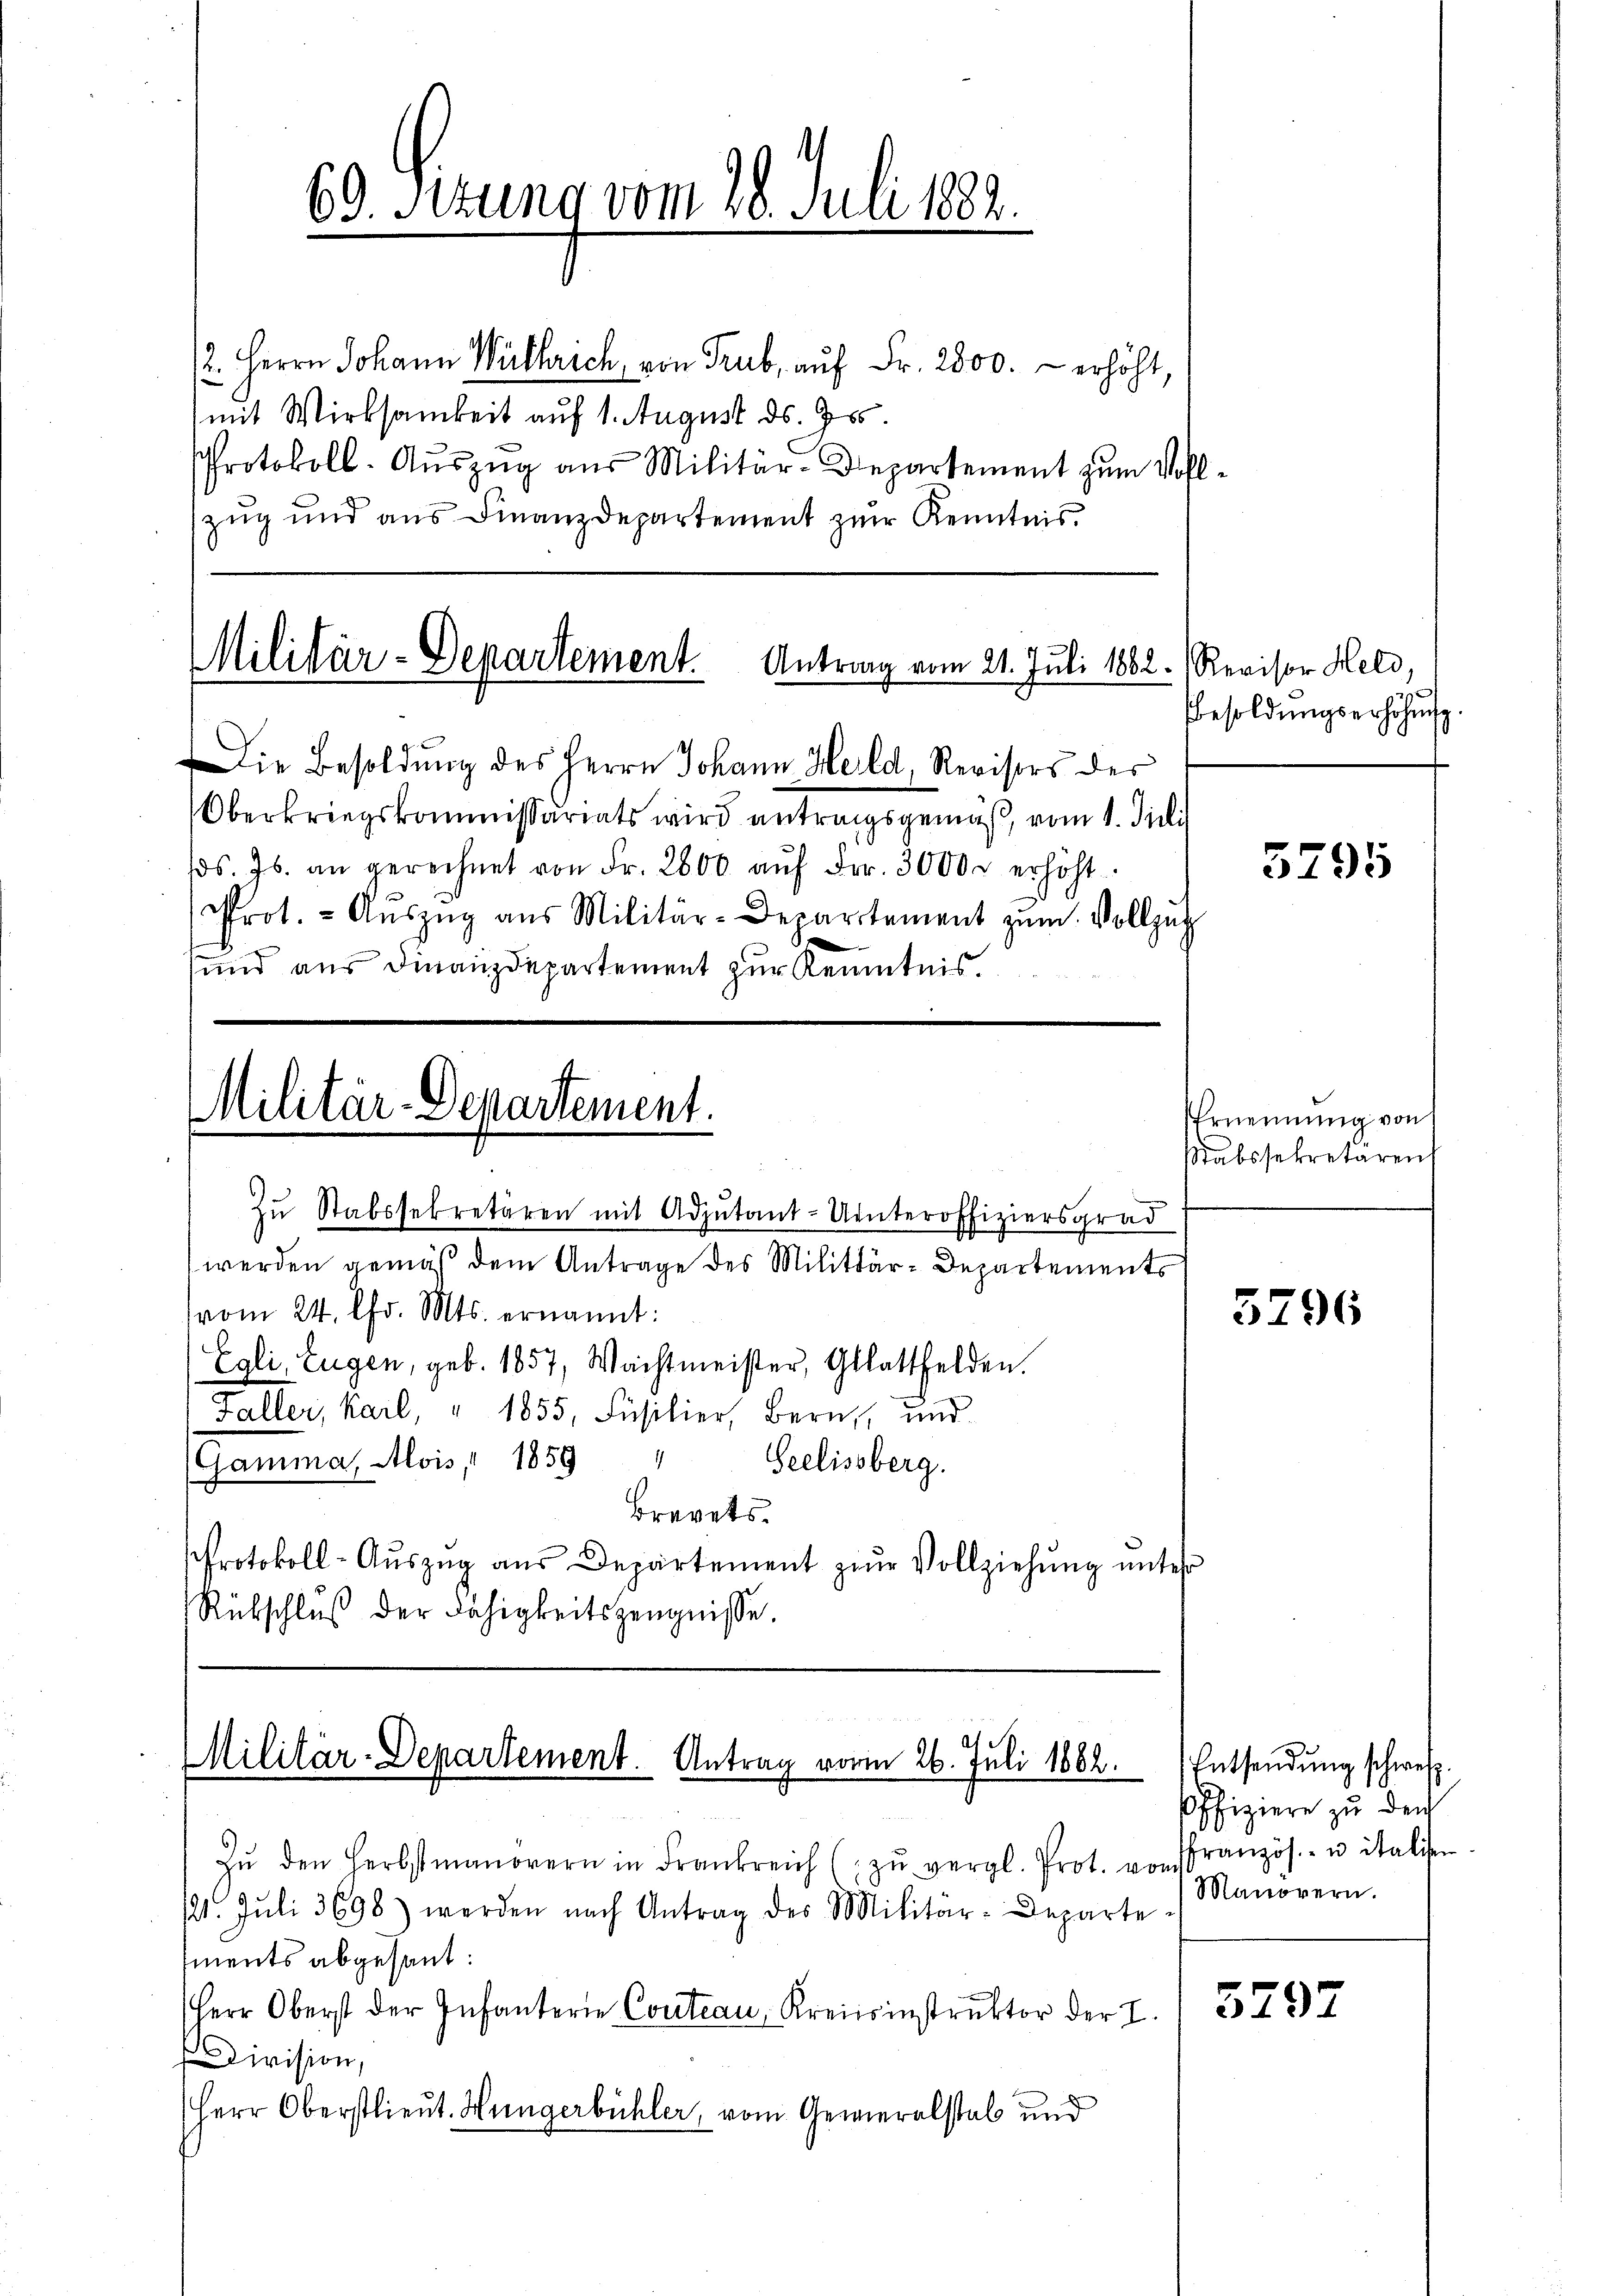
60. Sizung vom 28. Juli 182.

2. Herrn Johann Willerich, von Trub, auf Fr. 2800. erhöht.
mit Wirksamkeit auf 1. August ds. 765.
Protokoll- Aŭszŭg aŭs Militär-Departement zum Vollzug und aus Finanzdepartement zur Kenntnis

Militär-Departement. Antrag vom 21. Juli 1882. Revisor Held,

Die Besoldung des Herrn Johann Held, Revisors der
Oberkriegskommissariats wird antragsgemäß, vom 1. Juli
s. Js. an gerechnet von Fr. 2000 aŭf Fr. 3000 u. erhöht.
Prot. - Aŭszŭg aŭs Militär-Departement zŭm Vollzŭg
sund aus Finanzdepartement zur Kenntnis.

Zŭ Stabssekretären mit Adjutant-Unteroffiziersgrad
werden gemäß dem Antrage des Militär-Departements
vom 24. Chr. Mts. ernannt:
Egli, Eugen, geb. 1857, Wachtmeister, Glattfelden.
Faller, Karl, " 1855, Füsilier, Bern, und
(Gamma, Alois 1859 " Seelisberg.
Brevets.
Protokoll-Auszug aus Departement zum Vollziehung unter
Rübschluß der Fähigkeitszeugnisse.

Militär-Departement.

Militär-Departement. Antrag vorm 26. Juli 1882.

Zŭ den Herbstmanorern in Frankreich ( zŭ vergl. Prot. von französ. u italiser
121. Jŭli 3698) werden nach Antrag des Militär-Departe
iments abgesant:
Herr Oberst der Infanterie Conteau, Kreisinstruktor der I.
Division,
Herr Oberstlieut. Hungerbühler, vom Gewieralstab und

Besoldungserhöhung

5795

Ernennung von
Stabssekretären

5796

Entsendung schweiz.
Offiziere zu den
Manövern.

5297